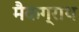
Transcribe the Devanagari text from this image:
मैकग्राथ